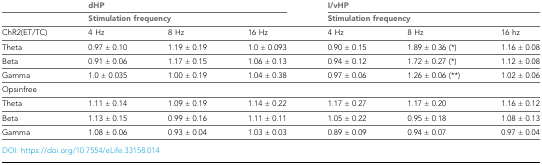
|  | <COLSPAN=3> dHP | <COLSPAN=3> I/vHP |
 |  | <COLSPAN=3> Stimulation frequency | <COLSPAN=3> Stimulation frequency |
 | --- | --- | --- | --- | --- | --- | --- |
 | ChR2(ET/TC) | 4 Hz | 8 Hz | 16 Hz | 4 Hz | 8 Hz | 16 hz |
 | Theta | 0.97 ± 0.10 | 1.19 ± 0.19 | 1.0 ± 0.093 | 0.90 ± 0.15 | 1.89 ± 0.36 (*) | 1.16 ± 0.08 |
 | Beta | 0.91 ± 0.06 | 1.17 ± 0.15 | 1.06 ± 0.13 | 0.94 ± 0.12 | 1.72 ± 0.27 (*) | 1.12 ± 0.08 |
 | Gamma | 1.0 ± 0.035 | 1.00 ± 0.19 | 1.04 ± 0.38 | 0.97 ± 0.06 | 1.26 ± 0.06 (**) | 1.02 ± 0.06 |
 | Opsinfree |  |  |  |  |  |  |
 | Theta | 1.11 ± 0.14 | 1.09 ± 0.19 | 1.14 ± 0.22 | 1.17 ± 0.27 | 1.17 ± 0.20 | 1.16 ± 0.12 |
 | Beta | 1.13 ± 0.15 | 0.99 ± 0.16 | 1.11 ± 0.11 | 1.05 ± 0.22 | 0.95 ± 0.18 | 1.08 ± 0.13 |
 | Gamma | 1.08 ± 0.06 | 0.93 ± 0.04 | 1.03 ± 0.03 | 0.89 ± 0.09 | 0.94 ± 0.07 | 0.97 ± 0.04 |